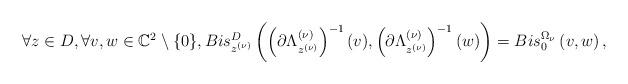
LaTeX: \begin{align*}\forall z\in D,\forall v,w\in \mathbb{C}^2\setminus\{0\},Bis_{z^{(\nu)}}^D\left( \left(\partial\Lambda^{(\nu)}_{z^{(\nu)}}\right)^{-1}(v),\left(\partial\Lambda^{(\nu)}_{z^{(\nu)}}\right)^{-1}(w)\right)=Bis_{0}^{\Omega_\nu}\left(v,w\right),\end{align*}